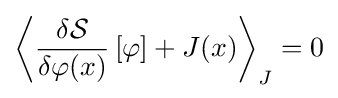
{\left\langle {\frac {\delta {\mathcal {S}}}{\delta \varphi (x)}}\left[\varphi \right]+J(x)\right\rangle }_{J}=0